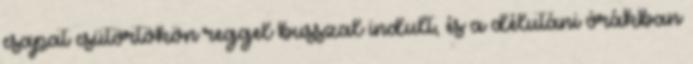
csapat csütörtökön reggel busszal indult, és a délutáni órákban